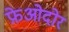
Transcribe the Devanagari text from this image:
फ़ेओदोर